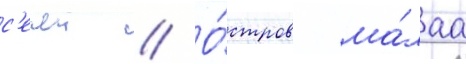
с'ечеи // О́стров ма́лаа